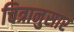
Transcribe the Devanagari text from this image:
चित्रानुसार